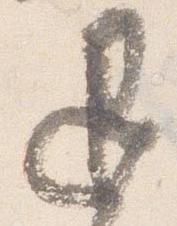
退